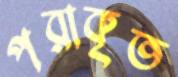
পরাকৃত